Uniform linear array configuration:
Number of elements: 64
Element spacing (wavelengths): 0.75
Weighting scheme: hamming
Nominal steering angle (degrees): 60
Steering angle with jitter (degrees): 58.935
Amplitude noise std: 0.05
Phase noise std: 0.05

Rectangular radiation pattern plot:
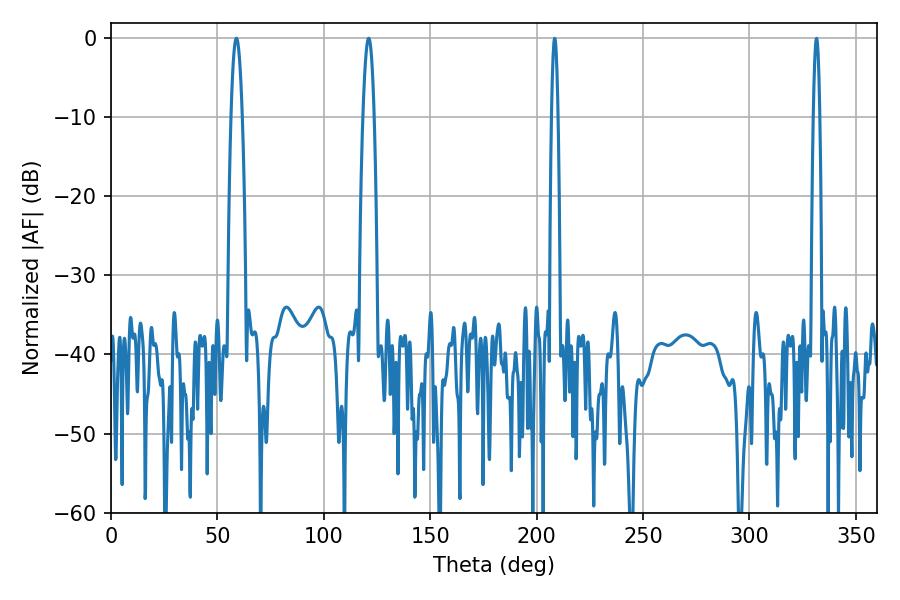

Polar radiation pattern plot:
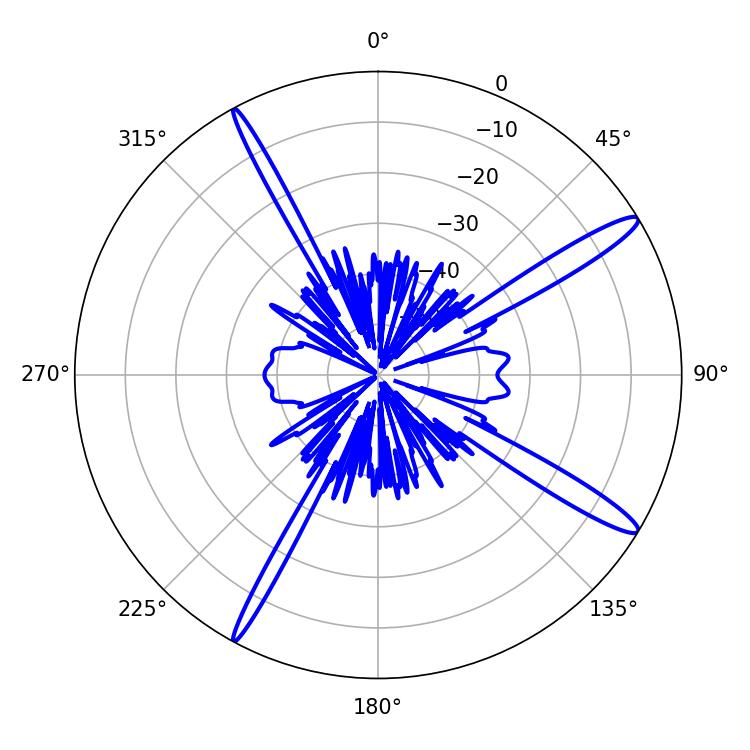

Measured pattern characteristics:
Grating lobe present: TRUE
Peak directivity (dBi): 14.944
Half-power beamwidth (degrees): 2.7
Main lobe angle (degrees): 121.14